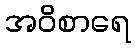
အဝိစာရေ